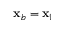
\mathbf { x } _ { b } = \mathbf { x } _ { 1 }